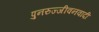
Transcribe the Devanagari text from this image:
पुनरुज्जीवनवादी